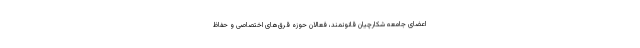
اعضای جامعه شکارچیان قانونمند، فعالان حوزه قرق‌های اختصاصی و حفاظ